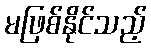
မဖြစ်နိုင်သည့်